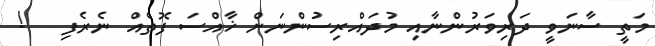
މަތީ ސާނަވީ ދަރިވަރުންނާއި މުދައްރިސުންނަށް ޚާއްސަ ފޮތެއް ނެރެފި   !